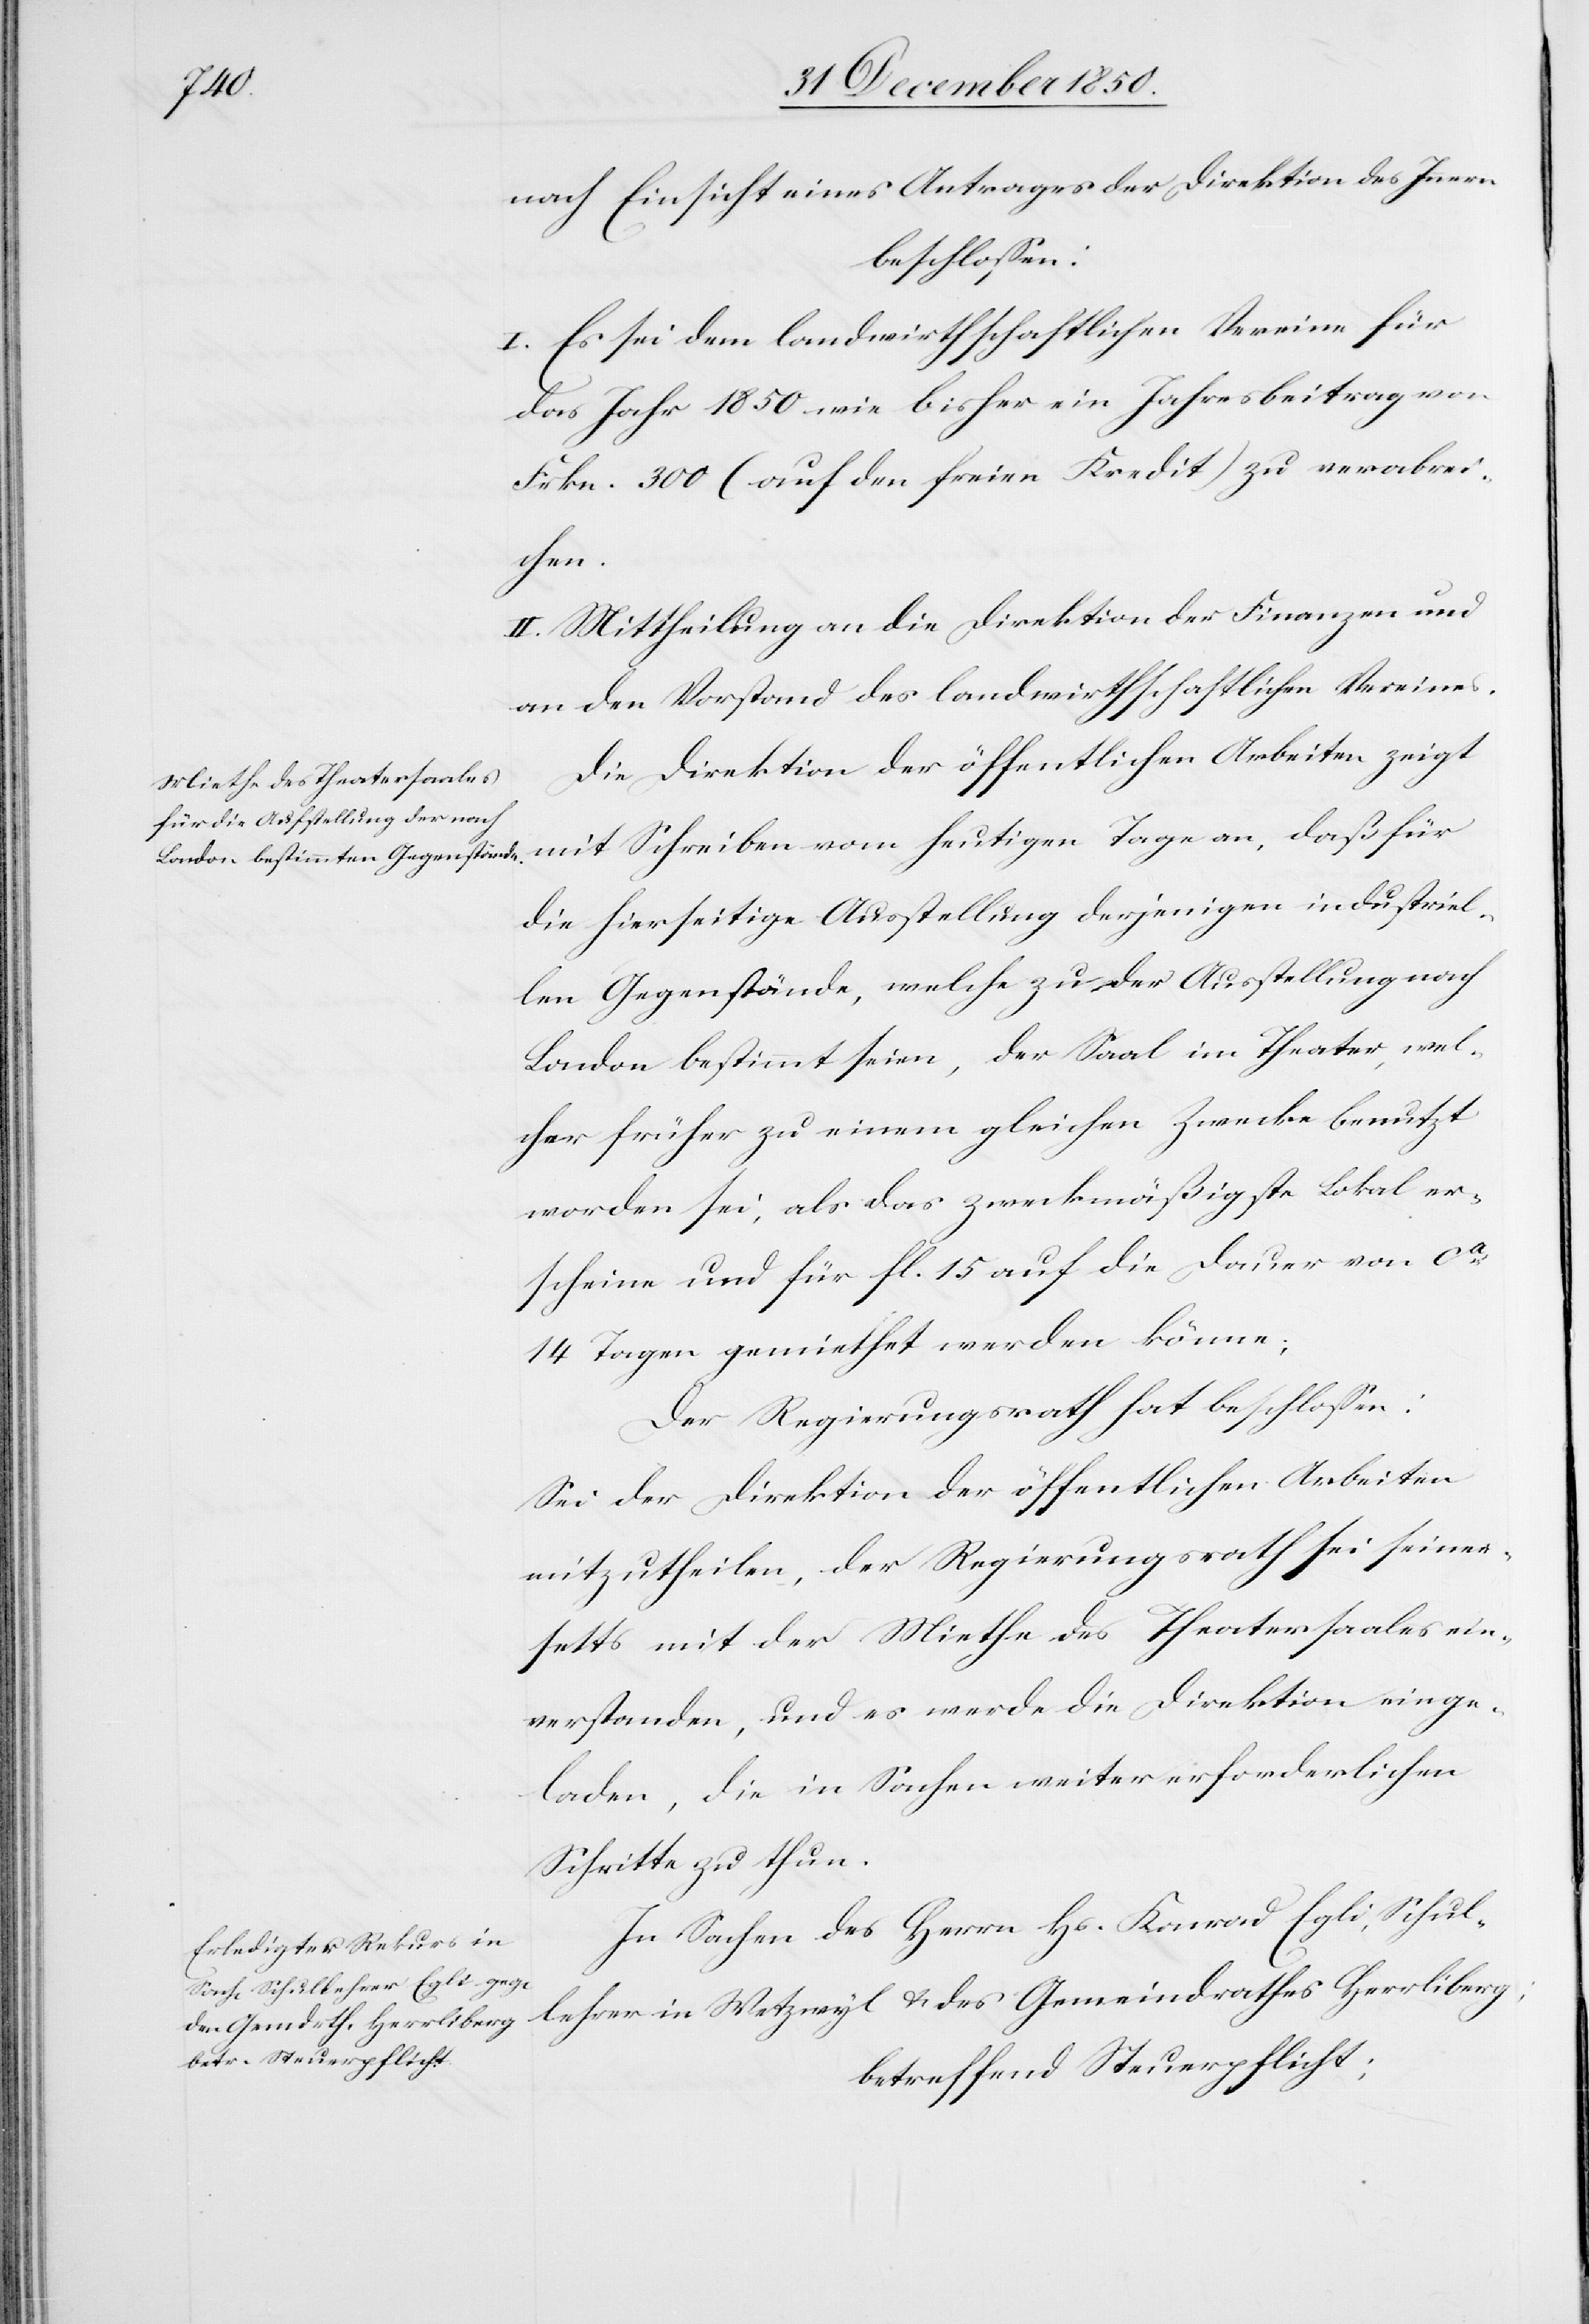
setts

nach Einsicht eines Antrages der Direktion des Innern
beschlossen:
I. Es sei dem landwirthschaftlichen Vereine für
das Jahr 1850 wie bisher ein Jahresbeitrag von
Frkn. 300 (auf den freien Kredit) zu verabrei¬
seiner¬
II. Mittheilung an die Direktion der Finanzen und
an den Vorstand des landwirthschaftlichen Vereines.
Die Direktion der öffentlichen Arbeiten zeigt
mit Schreiben vom heutigen Tage an, daß für
die hierseitige Ausstellung derjenigen industriel¬
len Gegenstände, welche zu der Ausstellung nach
London bestimmt seien, der Saal im Theater, wel¬
cher früher zu einem gleichen Zwecke benutzt
worden sei, als das zweckmäßigste Lokal er¬
scheine und für fl. 15 auf die Dauer von ca
14 Tagen gemiethet werden könne;
Der Regierungsrath hat beschlossen:
Sei der Direktion der öffentlichen Arbeiten
mitzutheilen, der Regierungsrath sei seiner¬
seits] mit der Miethe des Theatersaales ein¬
verstanden, und es werde die Direktion einge¬
laden, die in Sachen weiter erforderlichen
Schritte zu thun.
In Sachen des Herrn Hs. Konrad Egli, Schul¬
lehrer in Wetzwyl u. des Gemeindrathes Herrliberg;
betreffend Steuerpflicht;